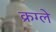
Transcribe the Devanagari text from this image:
क्रग्ले